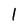
Character: 1